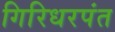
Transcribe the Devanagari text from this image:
गिरिधरपंत